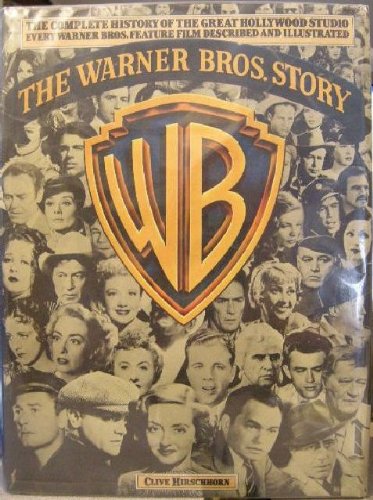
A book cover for The Warner Bros. Story: The Complete History of Hollywood's Great Studio Every Warner Bros. Feature Film Described and Illustrated; Clive Hirschhorn; Humor & Entertainment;